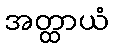
အတ္ထာယံ